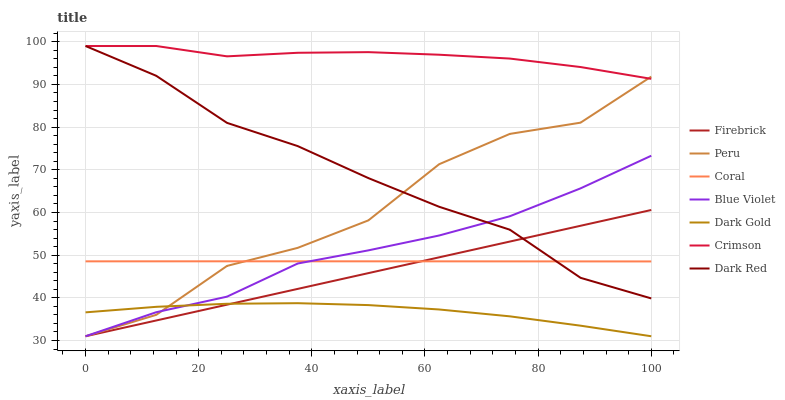
| xaxis_label | Firebrick | Peru | Coral | Blue Violet | Dark Gold | Crimson | Dark Red |
 | --- | --- | --- | --- | --- | --- | --- | --- |
 | 0 | 31 | 31 | 48.6 | 31 | 36.6 | 99 | 99 |
 | 12.5 | 34.7 | 36 | 48.6 | 36.6 | 37.9 | 99 | 92 |
 | 25 | 38.4 | 47.5 | 48.6 | 40.3 | 38.6 | 96.6 | 81 |
 | 37.5 | 42.1 | 51.7 | 48.6 | 48 | 38.7 | 97.4 | 75.6 |
 | 50 | 45.8 | 58.2 | 48.6 | 51.1 | 38.3 | 97.6 | 68.1 |
 | 62.5 | 49.5 | 71.3 | 48.5 | 54.6 | 37.3 | 97 | 61.3 |
 | 75 | 53.2 | 78.4 | 48.5 | 59.1 | 35.7 | 96.1 | 56 |
 | 87.5 | 56.9 | 81 | 48.5 | 65.6 | 33.5 | 94.1 | 44.7 |
 | 100 | 60.6 | 91.8 | 48.5 | 73.3 | 31 | 91.3 | 39.9 |